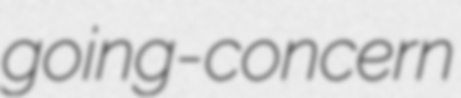
going-concern